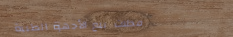
محلات بيع الأجهزة الطبية